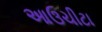
આઉચીટા